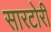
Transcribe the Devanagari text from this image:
सारटोरी